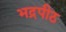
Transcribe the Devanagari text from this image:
भद्रपीठ